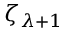
\zeta _ { \lambda + 1 }